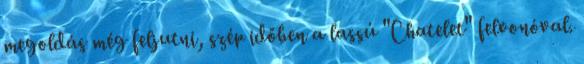
megoldás még feljutni, szép időben a lassú "Chatelet" felvonóval.